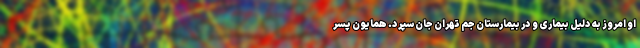
او امروز به دلیل بیماری و در بیمارستان جم تهران جان سپرد. همایون پسر